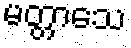
မတ္တာသေ